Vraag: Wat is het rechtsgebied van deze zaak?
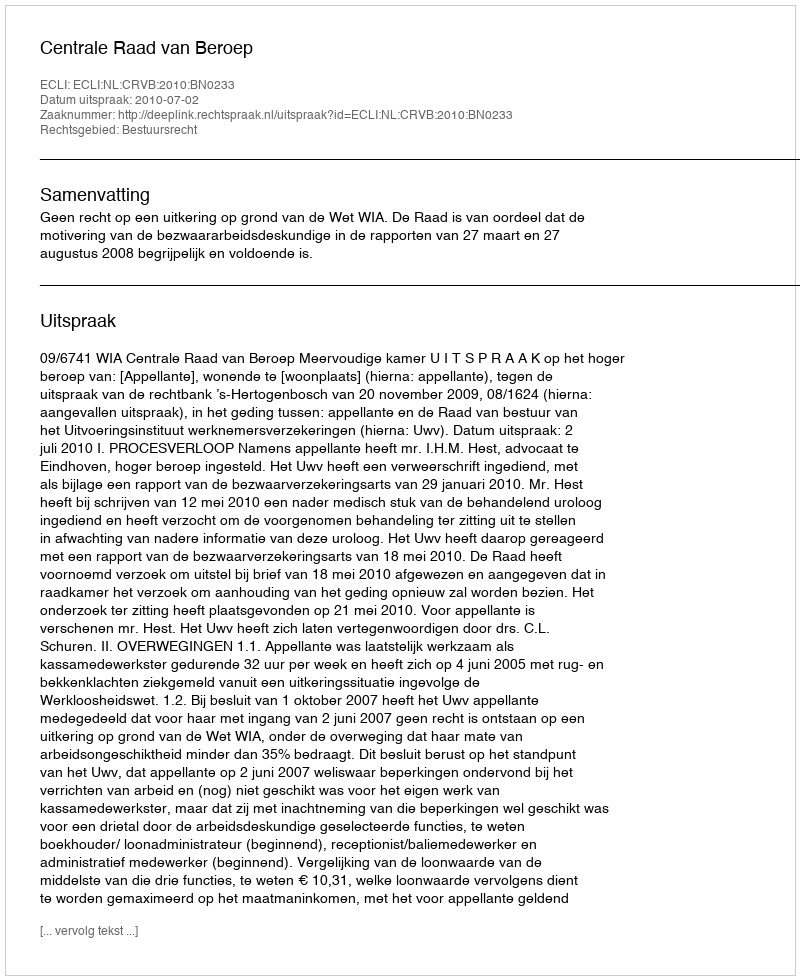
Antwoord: Bestuursrecht